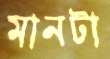
মানটা